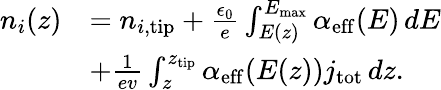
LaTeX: \begin{array}{rl}{n_{i}(z)}&{=n_{i,\mathrm{tip}}+\frac{\epsilon_{0}}{e}\int_{E(z)}^{E_{\mathrm{max}}}\alpha_{\mathrm{eff}}(E)\, dE}\\ &{+\frac{1}{ev}\int_{z}^{z_{\mathrm{tip}}}\alpha_{\mathrm{eff}}(E(z))j_{\mathrm{tot}}\, dz.}\end{array}